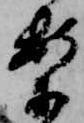
案